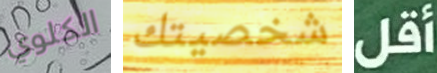
الكلوي شخصيتك أقل